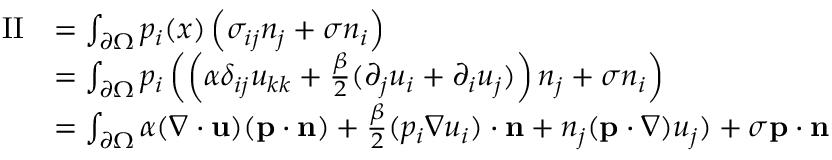
\begin{array} { r l } { \mathrm { I I } } & { = \int _ { \partial \Omega } p _ { i } ( x ) \left( \sigma _ { i j } n _ { j } + \sigma n _ { i } \right) } \\ & { = \int _ { \partial \Omega } p _ { i } \left( \left( \alpha \delta _ { i j } u _ { k k } + \frac { \beta } { 2 } ( \partial _ { j } u _ { i } + \partial _ { i } u _ { j } ) \right) n _ { j } + \sigma n _ { i } \right) } \\ & { = \int _ { \partial \Omega } \alpha ( \nabla \cdot \mathbf { u } ) ( \mathbf { p } \cdot \mathbf { n } ) + \frac { \beta } { 2 } ( p _ { i } \nabla u _ { i } ) \cdot \mathbf { n } + n _ { j } ( \mathbf { p } \cdot \nabla ) u _ { j } ) + \sigma \mathbf { p } \cdot \mathbf { n } } \end{array}